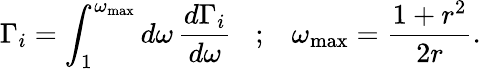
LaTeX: \Gamma_{i}=\int_{1}^{\omega_{\mathrm{max}}}d\omega\, \frac{d\Gamma_{i}}{d\omega}\; \; \; ;\; \; \; \omega_{\mathrm{max}}=\frac{1+r^{2}}{2r}.